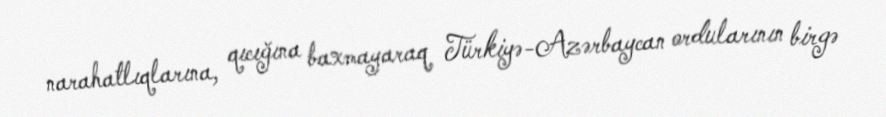
narahatlıqlarına, qıcığına baxmayaraq Türkiyə-Azərbaycan ordularının birgə